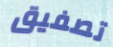
تصفيق